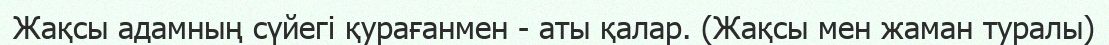
Жақсы адамның сүйегі қурағанмен - аты қалар. (Жақсы мен жаман туралы)